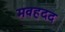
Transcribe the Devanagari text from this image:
मवहदद